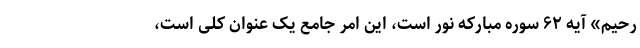
رَحِیمٌ» آیه ۶۲ سوره مبارکه نور است، این امر جامع یک عنوان کلی است،